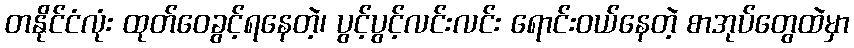
တနိုင်ငံလုံး ထုတ်ဝေခွင့်ရနေတဲ့၊ ပွင့်ပွင့်လင်းလင်း ရောင်းဝယ်နေတဲ့ စာအုပ်တွေထဲမှာ